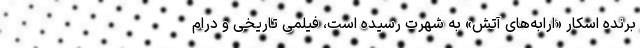
برنده اسکار «ارابه‌های آتش» به شهرت رسیده است، فیلمی تاریخی و درام